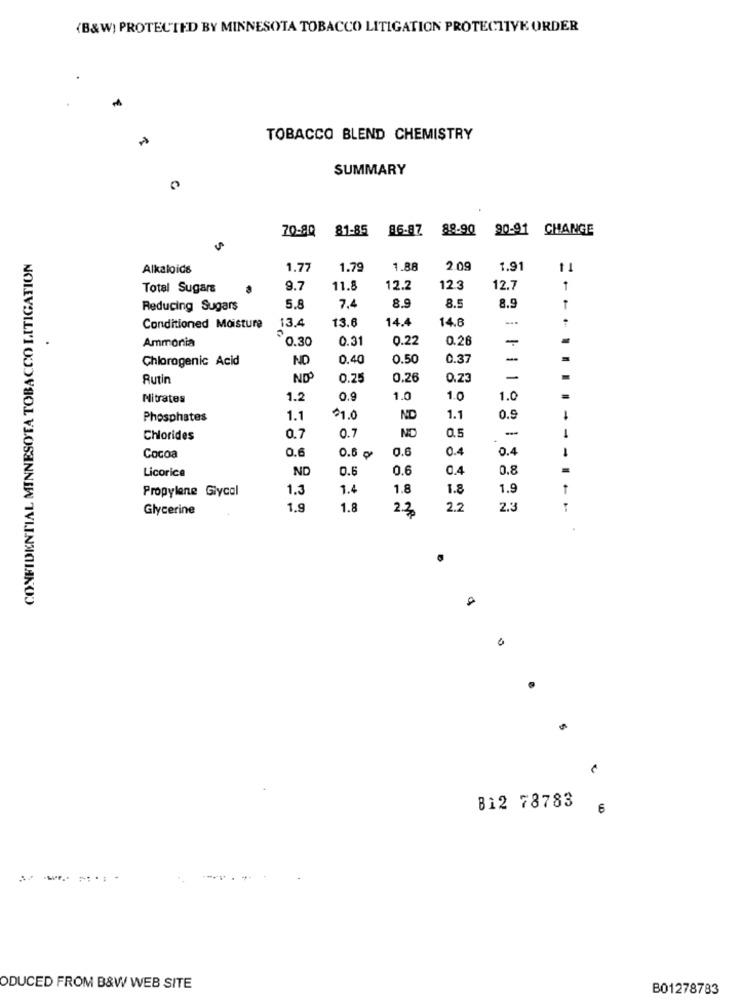
(B&W) PROTECTED BY MINNESOTA TOBACCO LITIGATION PROTECTIVE ORDER
TOBACCO BLEND CHEMISTRY
SUMMARY
70-80 81-85
8.6-87
89-90
90-91 CHANGE
CONFIDENTIAL MINNESOTA TOBACCO LITIGATION
Alkaloids
1.77
1.79
1.88
2.09
1.91
1 1
Total Sugare
9.7
11.8
12.2
12.3
12.7
1
7,4
8.9
8.5
8.9
Reducing Sugars
5.8
13.6
14.4
14.8
Conditioned Moisture
13.4
Ammonia
0.30
0.3
0.22
0.26
Chlorogenic Acid
ND
0.40
0.50
0.37
-
Rutin
ND
0.25
0.26
0.23
-
Nitrates
1.2
0.9
1.0
1.0
1.0
Phosphates
1.1
91.0
ND
1.1
0.9
1
NO
-
Chlorides
0.7
0.7
0.5
0.6
0.6
0.4
0.4
Cocoa
ND
0.6
0.6
0.4
0.8
Licorice
Propylene Glycol
1.3
1.4
1.8
1.8
1.9
Glycerine
1.9
1.8
2.3
2.2
2.3
812 78783
6
ODUCED FROM B&W WEB SITE
B01278783